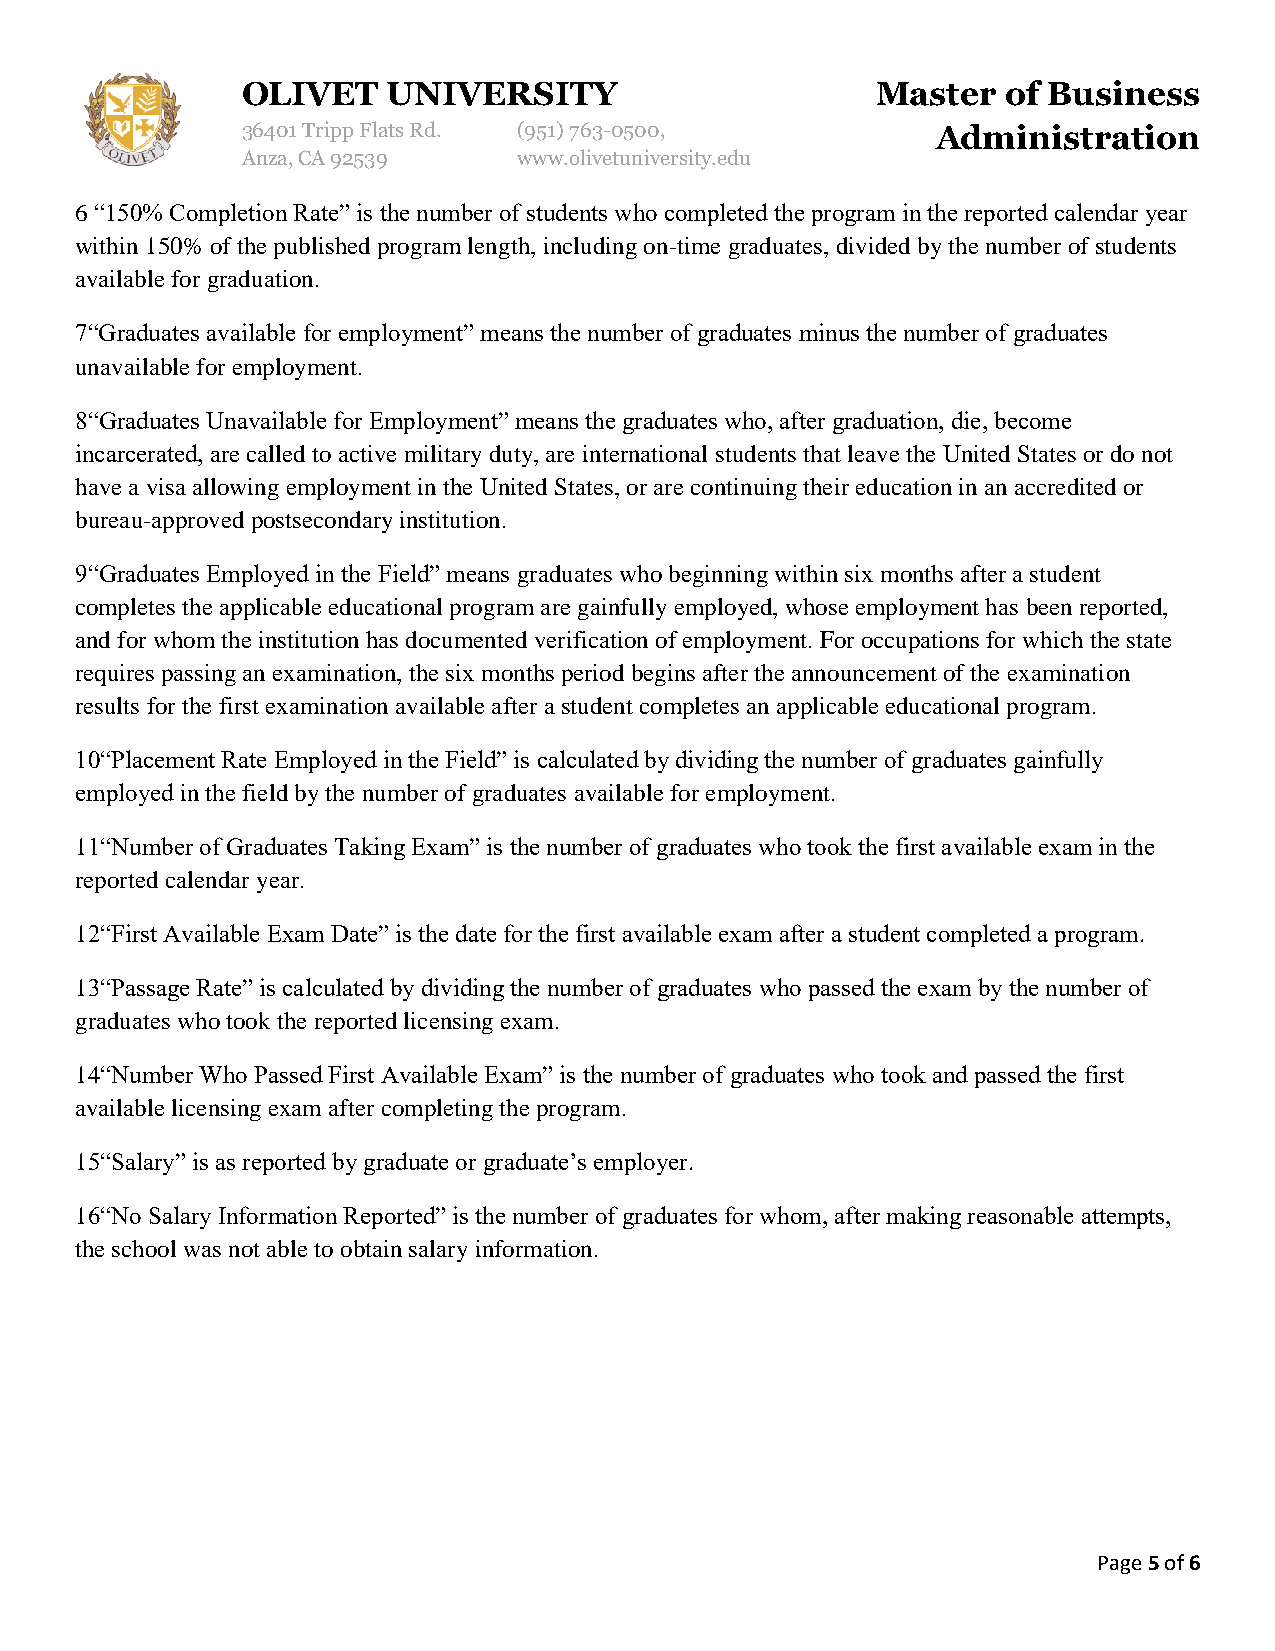
OLIVET    UNIVERSITY                      Master   of Business
 36401 Tripp Flats Rd. (951)763-0500,          Administration
 Anza, CA 92539    www.olivetuniversity.edu
 6 “150% Completion Rate” is the number of students who completed the program in the reported calendar year
 within 150% of the published program length, including on-time graduates, divided by the number of students
 available for graduation.
 7“Graduates available for employment” means the number of graduates minus the number of graduates
 unavailable for employment.
 8“Graduates Unavailable for Employment” means the graduates who, after graduation, die, become
 incarcerated, are called to active military duty, are international students that leave the United States or do not
 have a visa allowing employment in the United States, or are continuing their education in an accredited or
 bureau-approved postsecondary institution.
 9“Graduates Employed in the Field” means graduates who beginning within six months after a student
 completes the applicable educational program are gainfully employed, whose employment has been reported,
 and for whom the institution has documented verification of employment. For occupations for which the state
 requires passing an examination, the six months period begins after the announcement of the examination
 results for the first examination available after a student completes an applicable educational program.
 10“Placement Rate Employed in the Field” is calculated by dividing the number of graduates gainfully
 employed in the field by the number of graduates available for employment.
 11“Number of Graduates Taking Exam” is the number of graduates who took the first available exam in the
 reported calendar year.
 12“First Available Exam Date” is the date for the first available exam after a student completed a program.
 13“Passage Rate” is calculated by dividing the number of graduates who passed the exam by the number of
 graduates who took the reported licensing exam.
 14“Number Who Passed First Available Exam” is the number of graduates who took and passed the first
 available licensing exam after completing the program.
 15“Salary” is as reported by graduate or graduate’s employer.
 16“No Salary Information Reported” is the number of graduates for whom, after making reasonable attempts,
 the school was not able to obtain salary information.
 Page 5 of 6